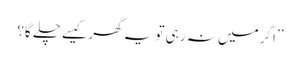
’’اگر میں نہ رہی تو یہ گھر کیسے چلے گا؟